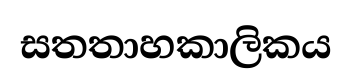
සතතාහකාලිකය